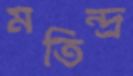
মতিন্দ্র